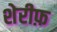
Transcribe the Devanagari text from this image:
शेरीफ़